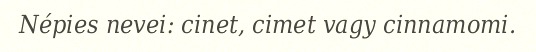
Népies nevei: cinet, cimet vagy cinnamomi.